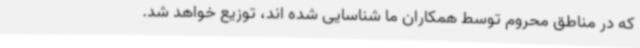
که در مناطق محروم توسط همکاران ما شناسایی شده اند، توزیع خواهد شد.